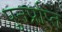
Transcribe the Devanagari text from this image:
पुनर्प्राप्‍त